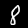
Label: 8